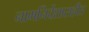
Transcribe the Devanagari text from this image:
नामनिर्देशासहीत